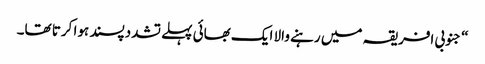
‏“‏ جنوبی افریقہ میں رہنے والا ایک بھائی پہلے تشددپسند ہوا کرتا تھا۔